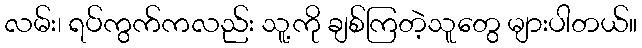
လမ်း၊ ရပ်ကွက်ကလည်း သူ့ကို ချစ်ကြတဲ့သူတွေ များပါတယ်။